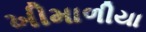
ખીમાળીયા